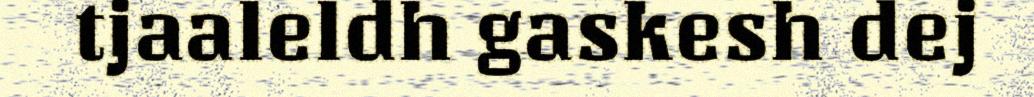
tjaaleldh gaskesh dej